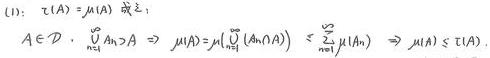
(1): $\tau(A)=\mu(A)$ 或 $\sum$:

$A \in \mathcal{D}, \bigcap_{n = 1}^{\infty}A_n \supset A \Rightarrow \mu(A)=\mu(\bigcap_{n = 1}^{\infty}(A_n\cap A)) \leq \sum_{n = 1}^{\infty}\mu(A_n) \Rightarrow \mu(A) \leq \tau(A)$.